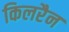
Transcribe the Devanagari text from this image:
किलरैन